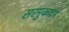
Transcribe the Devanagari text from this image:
सरमुकादम